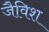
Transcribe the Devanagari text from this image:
जैविश